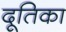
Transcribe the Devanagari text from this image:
दूतिका